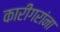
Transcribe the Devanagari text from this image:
कारीगरांना